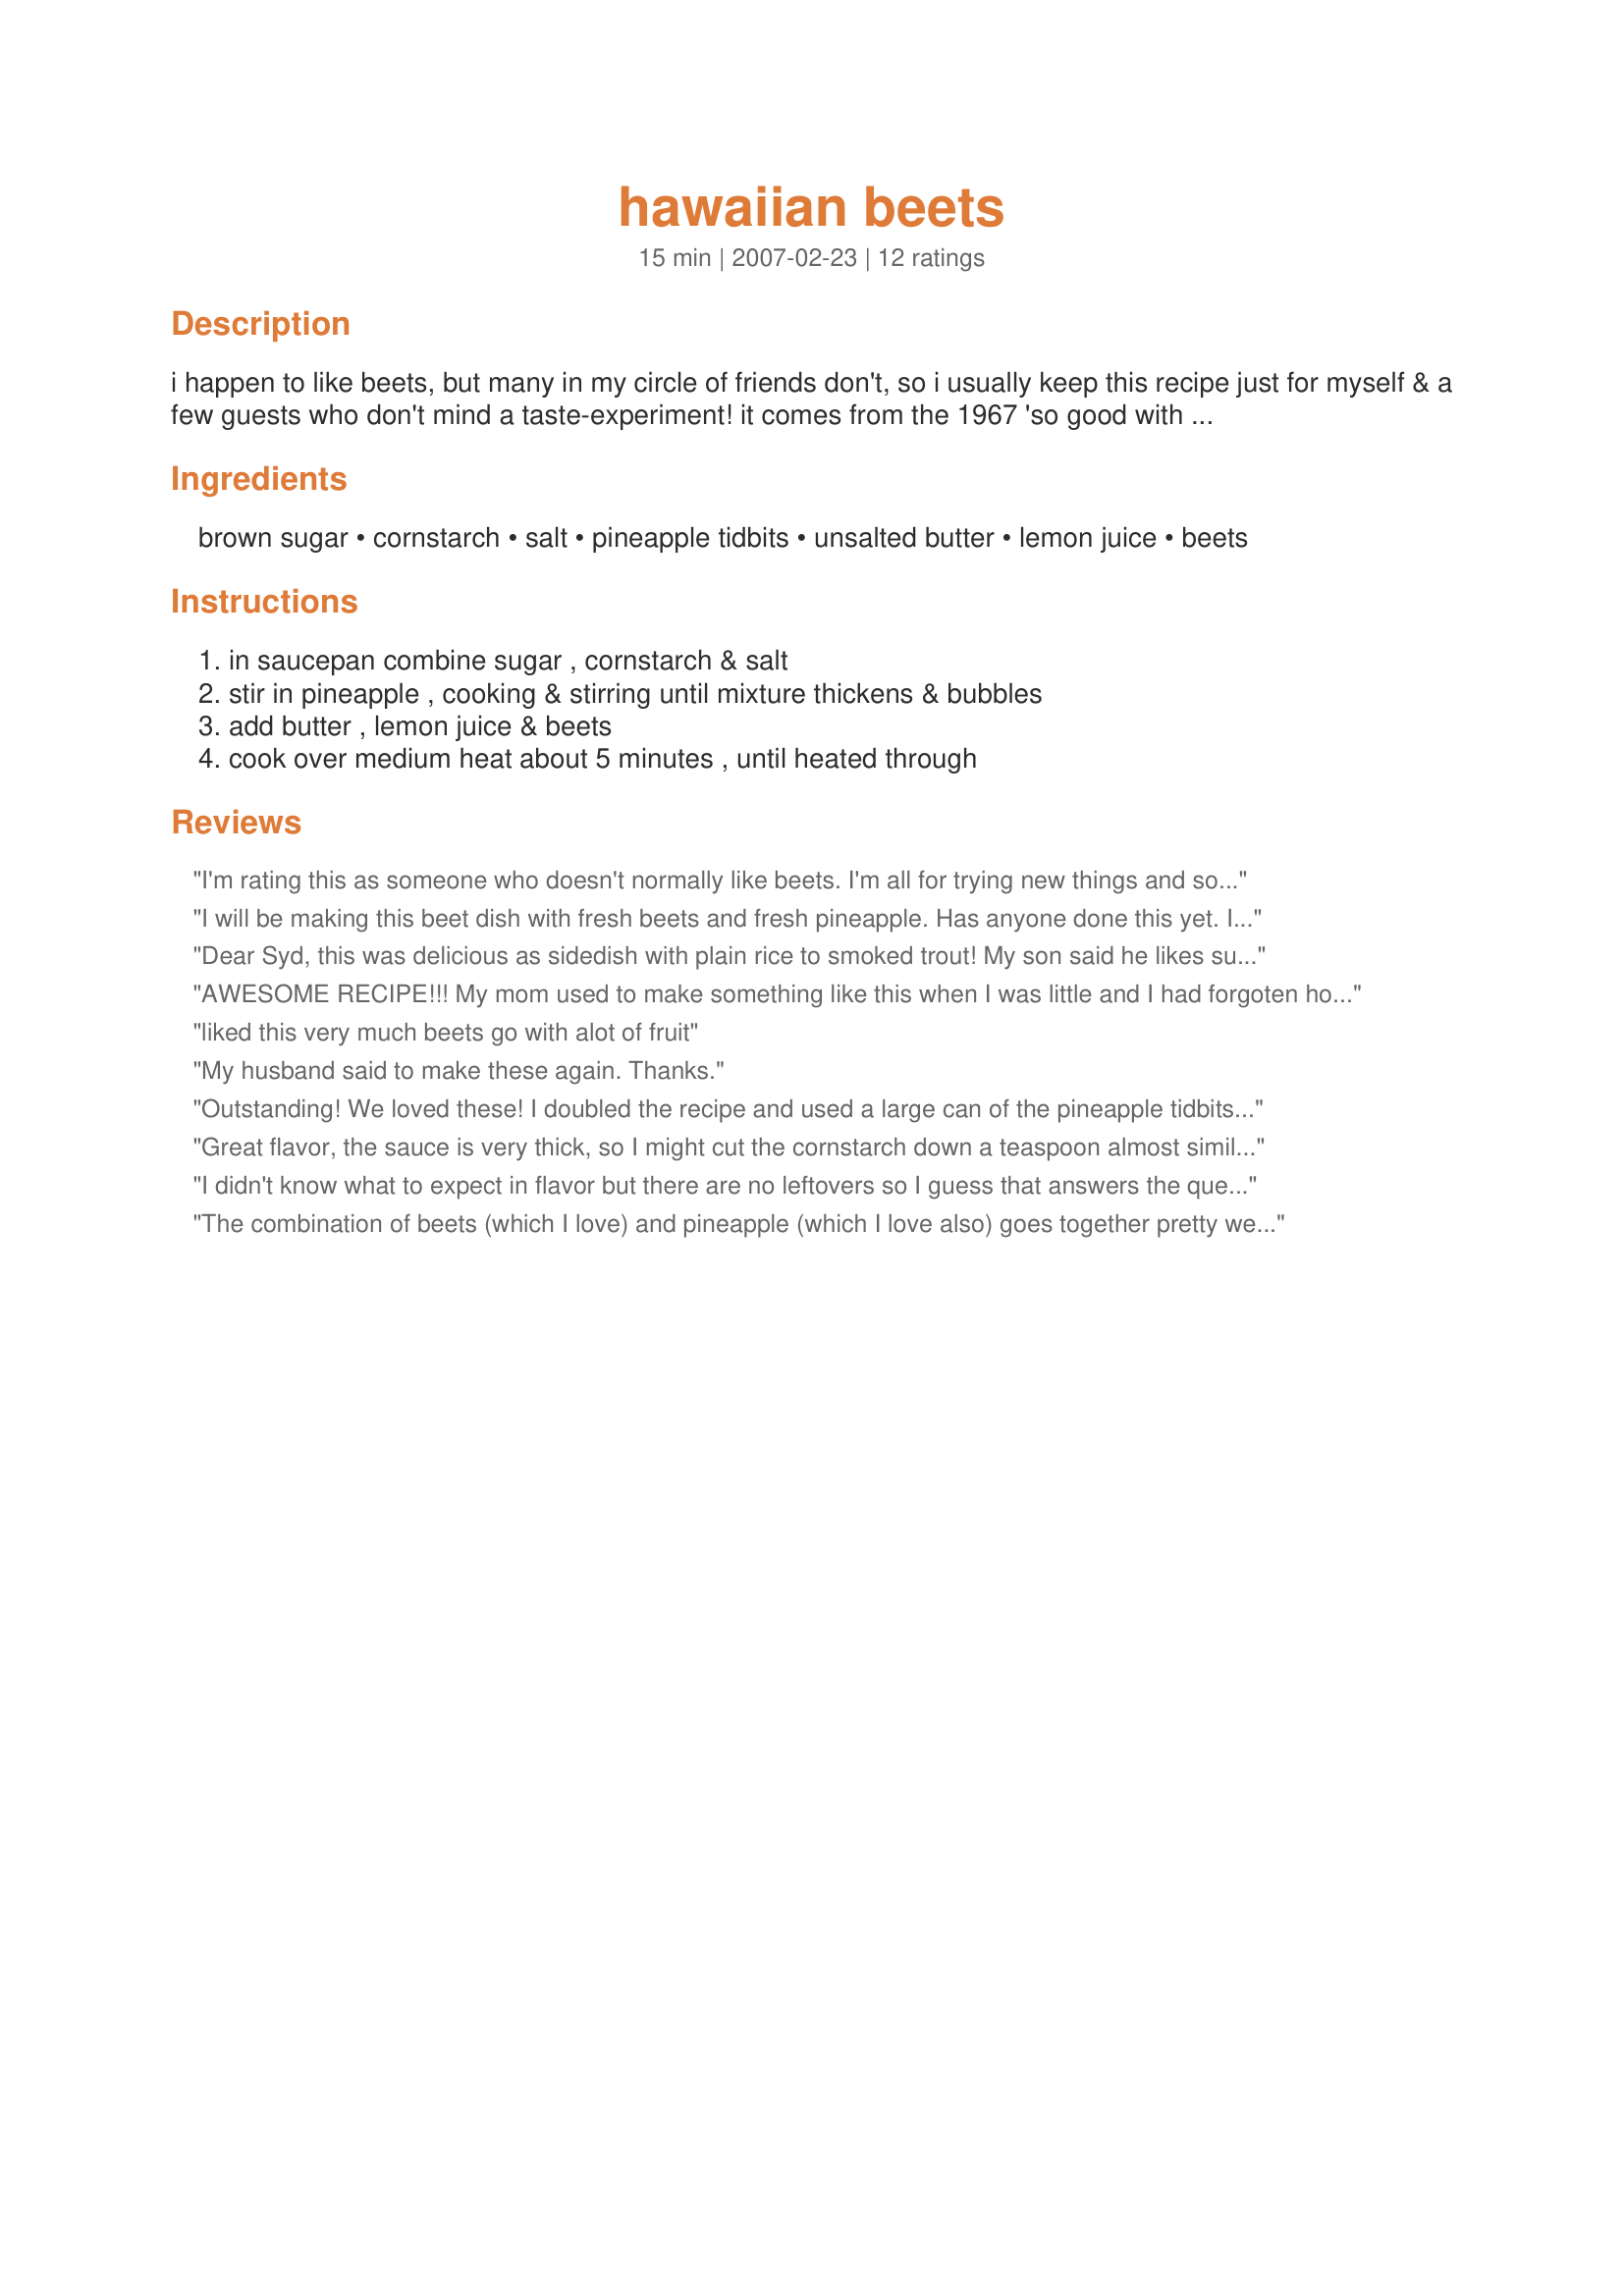
hawaiian beets
Preparation time: 15 minutes

i happen to like beets, but many in my circle of friends don't, so i usually keep this recipe just for myself & a few guests who don't mind a taste-experiment! it comes from the 1967 'so good with fruit' cookbook from better homes and gardens.

Ingredients:
brown sugar, cornstarch, salt, pineapple tidbits, unsalted butter, lemon juice, beets

Steps:
in saucepan combine sugar , cornstarch & salt, stir in pineapple , cooking & stirring until mixture thickens & bubbles, add butter , lemon juice & beets, cook over medium heat about 5 minutes , until heated through

Reviews:
I'm rating this as someone who doesn't normally like beets. I'm all for trying new things and so I thought I would try this. DH ate it but said he probably wouldn't want it again. DD (3 yo) and myself thought it was pretty good. We would probably eat it again. The pineapple and brown sugar add a nice sweetness to the beets and the flavors meld nicely together.
I will be making this beet dish with fresh beets and fresh pineapple. Has anyone done this yet. I prefer fresh vegetables and fruits.
Dear Syd, this was delicious as sidedish with plain rice to smoked trout! <br/>My son said he likes such red pineapples! My daughter said that it would be good as dessert cutting down the salt and served on sweet coconut rice.<br/>In any case this is really versatile recipe That is worth do try.<br/>Thanks a lot for posting this gem!
AWESOME RECIPE!!! My mom used to make something like this when I was little and I had forgoten how good they were. This really tastes more like a dessert than beets. Kids loved it...so that is a definite plus. If they only knew they were eating something that was good for them (ha-ha). I will be making these quite often. I followed the recipe exactly the first night and doubled it the second night and everything was just delicious both times. Thank You.
liked this very much beets go with alot of fruit
My husband said to make these again. Thanks.
Outstanding! We loved these! I doubled the recipe and used a large can of the pineapple tidbits, and it turned out excellent! Hubby said "You can definitely make these again!" Thank you so much for posting this recipe!
Great flavor, the sauce is very thick, so I might cut the cornstarch down a teaspoon almost similar to a jelly consistancy, will make again but with some adjustments, thanks for sharing Syd!
I didn't know what to expect in flavor but there are no leftovers so I guess that answers the question. In the summer when we have a good variety of fresh beets available I would like to try this again. I reduced the cornstarch to one teaspoon and used undrained pineapple. It might help to indicate undrained pineapple for beginner cooks. No photo available with no leftovers. Served with Recipe #10986 and Recipe #380852 for an Asian-themed meal. However this dish would also work well for Thanksgiving. Reviewed for Veg Tag 19-2010. Thanks for posting!
The combination of beets (which I love) and pineapple (which I love also) goes together pretty well. I assumed the pineapple was supposed to be undrained, so in making the sauce I included the juice from the tidbits can. By the way I used leftover cooked beets, which originally came from the organic food farm, in place of the canned.
We love beets and pineapple but I don't think I have ever put them together before. Splenda brown sugar blend was used along with fresh pineapple. I used some of the liquid that the beets were cooked in for the sauce. This is definitely a repeat. Thanks Sydney Mike for posting. :)
Fantastic beets Sydney! We had along with our corned beef dinner and everyone loved them. DH and DD's want them again soon, so they will be made again!
